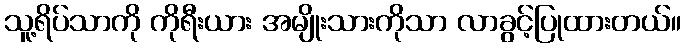
သူ့ရိပ်သာကို ကိုရီးယား အမျိုးသားကိုသာ လာခွင့်ပြုထားတယ်။